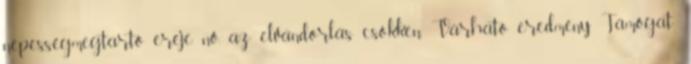
népességmegtartó ereje nő, az elvándorlás csökken. Várható eredmény Támogat-